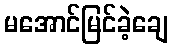
မအောင်မြင်ခဲ့ချေ